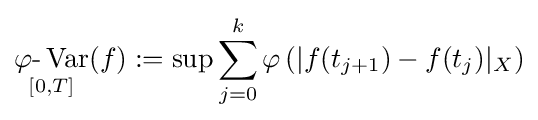
\mathop {\varphi {\text{-}}\operatorname {Var} } _{[0,T]}(f):=\sup \sum _{j=0}^{k}\varphi \left(|f(t_{j+1})-f(t_{j})|_{X}\right)